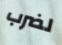
لضرب